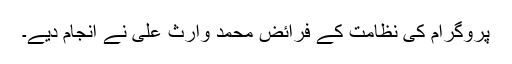
پروگرام کی نظامت کے فرائض محمد وارث علی نے انجام دیے۔